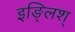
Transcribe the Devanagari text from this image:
इङ्लिश्